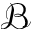
\mathcal { B }